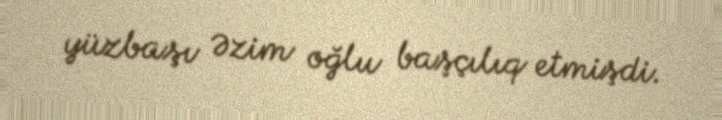
yüzbaşı Əzim oğlu başçılıq etmişdi.